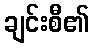
ချင်းစီ၏